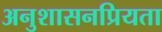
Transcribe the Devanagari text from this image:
अनुशासनप्रियता